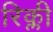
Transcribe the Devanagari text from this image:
रिक्ली